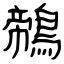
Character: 鶙